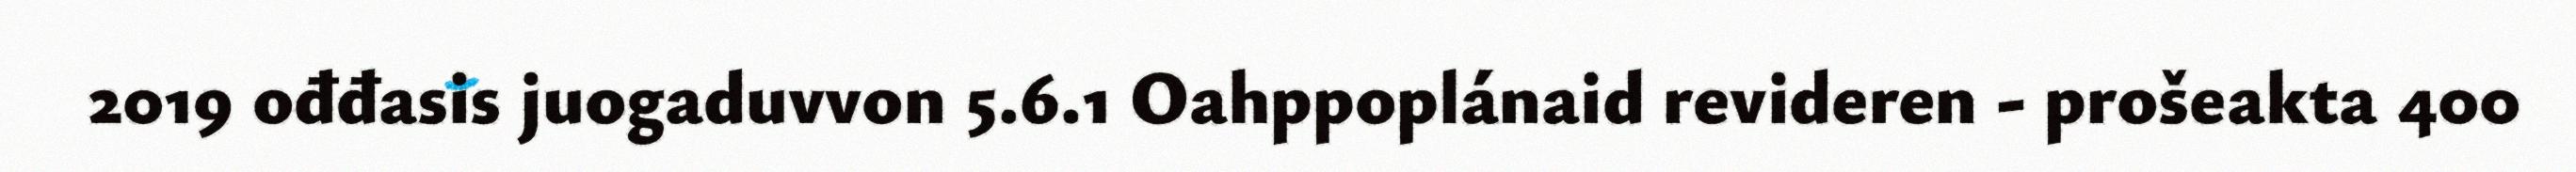
2019 ođđasis juogaduvvon 5.6.1 Oahppoplánaid revideren - prošeakta 400